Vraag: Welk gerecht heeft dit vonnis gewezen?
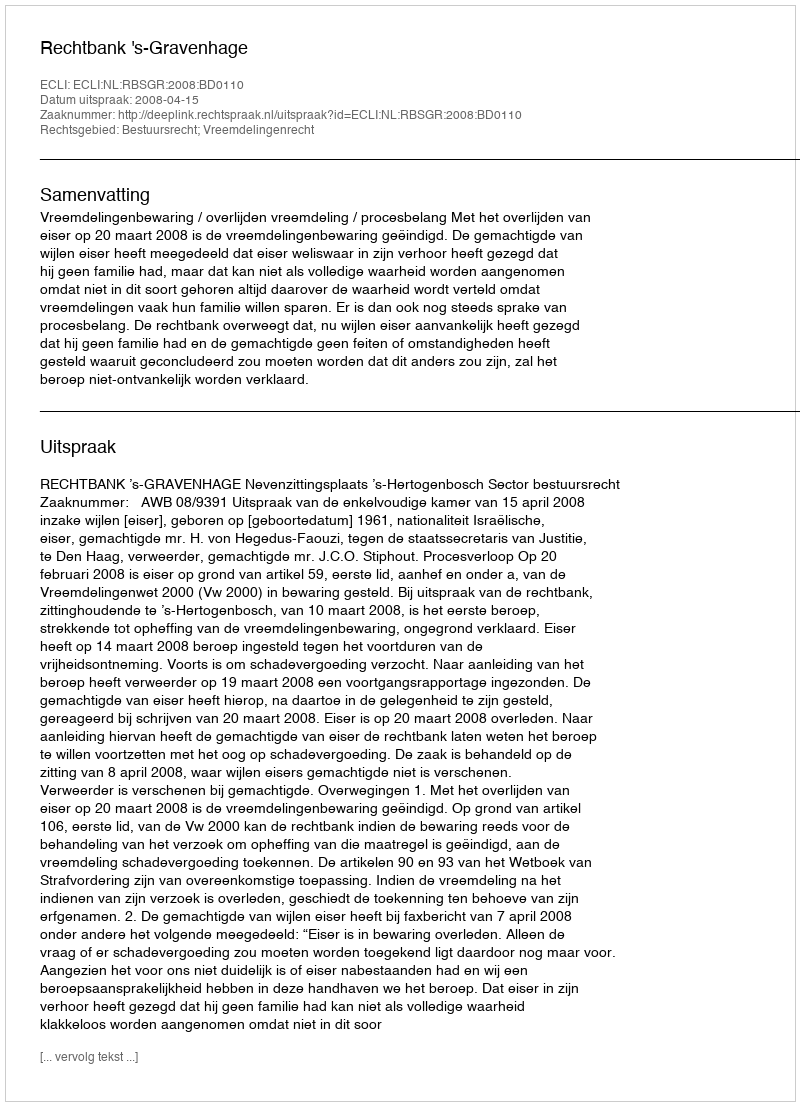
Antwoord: Rechtbank 's-Gravenhage